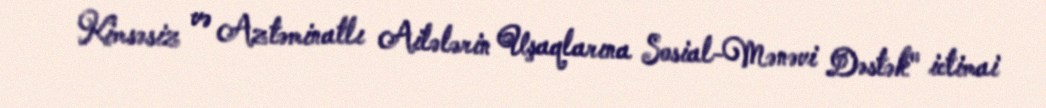
Kimsəsiz və Aztəminatlı Ailələrin Uşaqlarına Sosial-Mənəvi Dəstək" ictimai